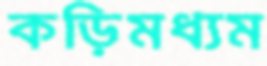
কড়িমধ্যম